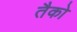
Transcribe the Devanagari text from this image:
तैको